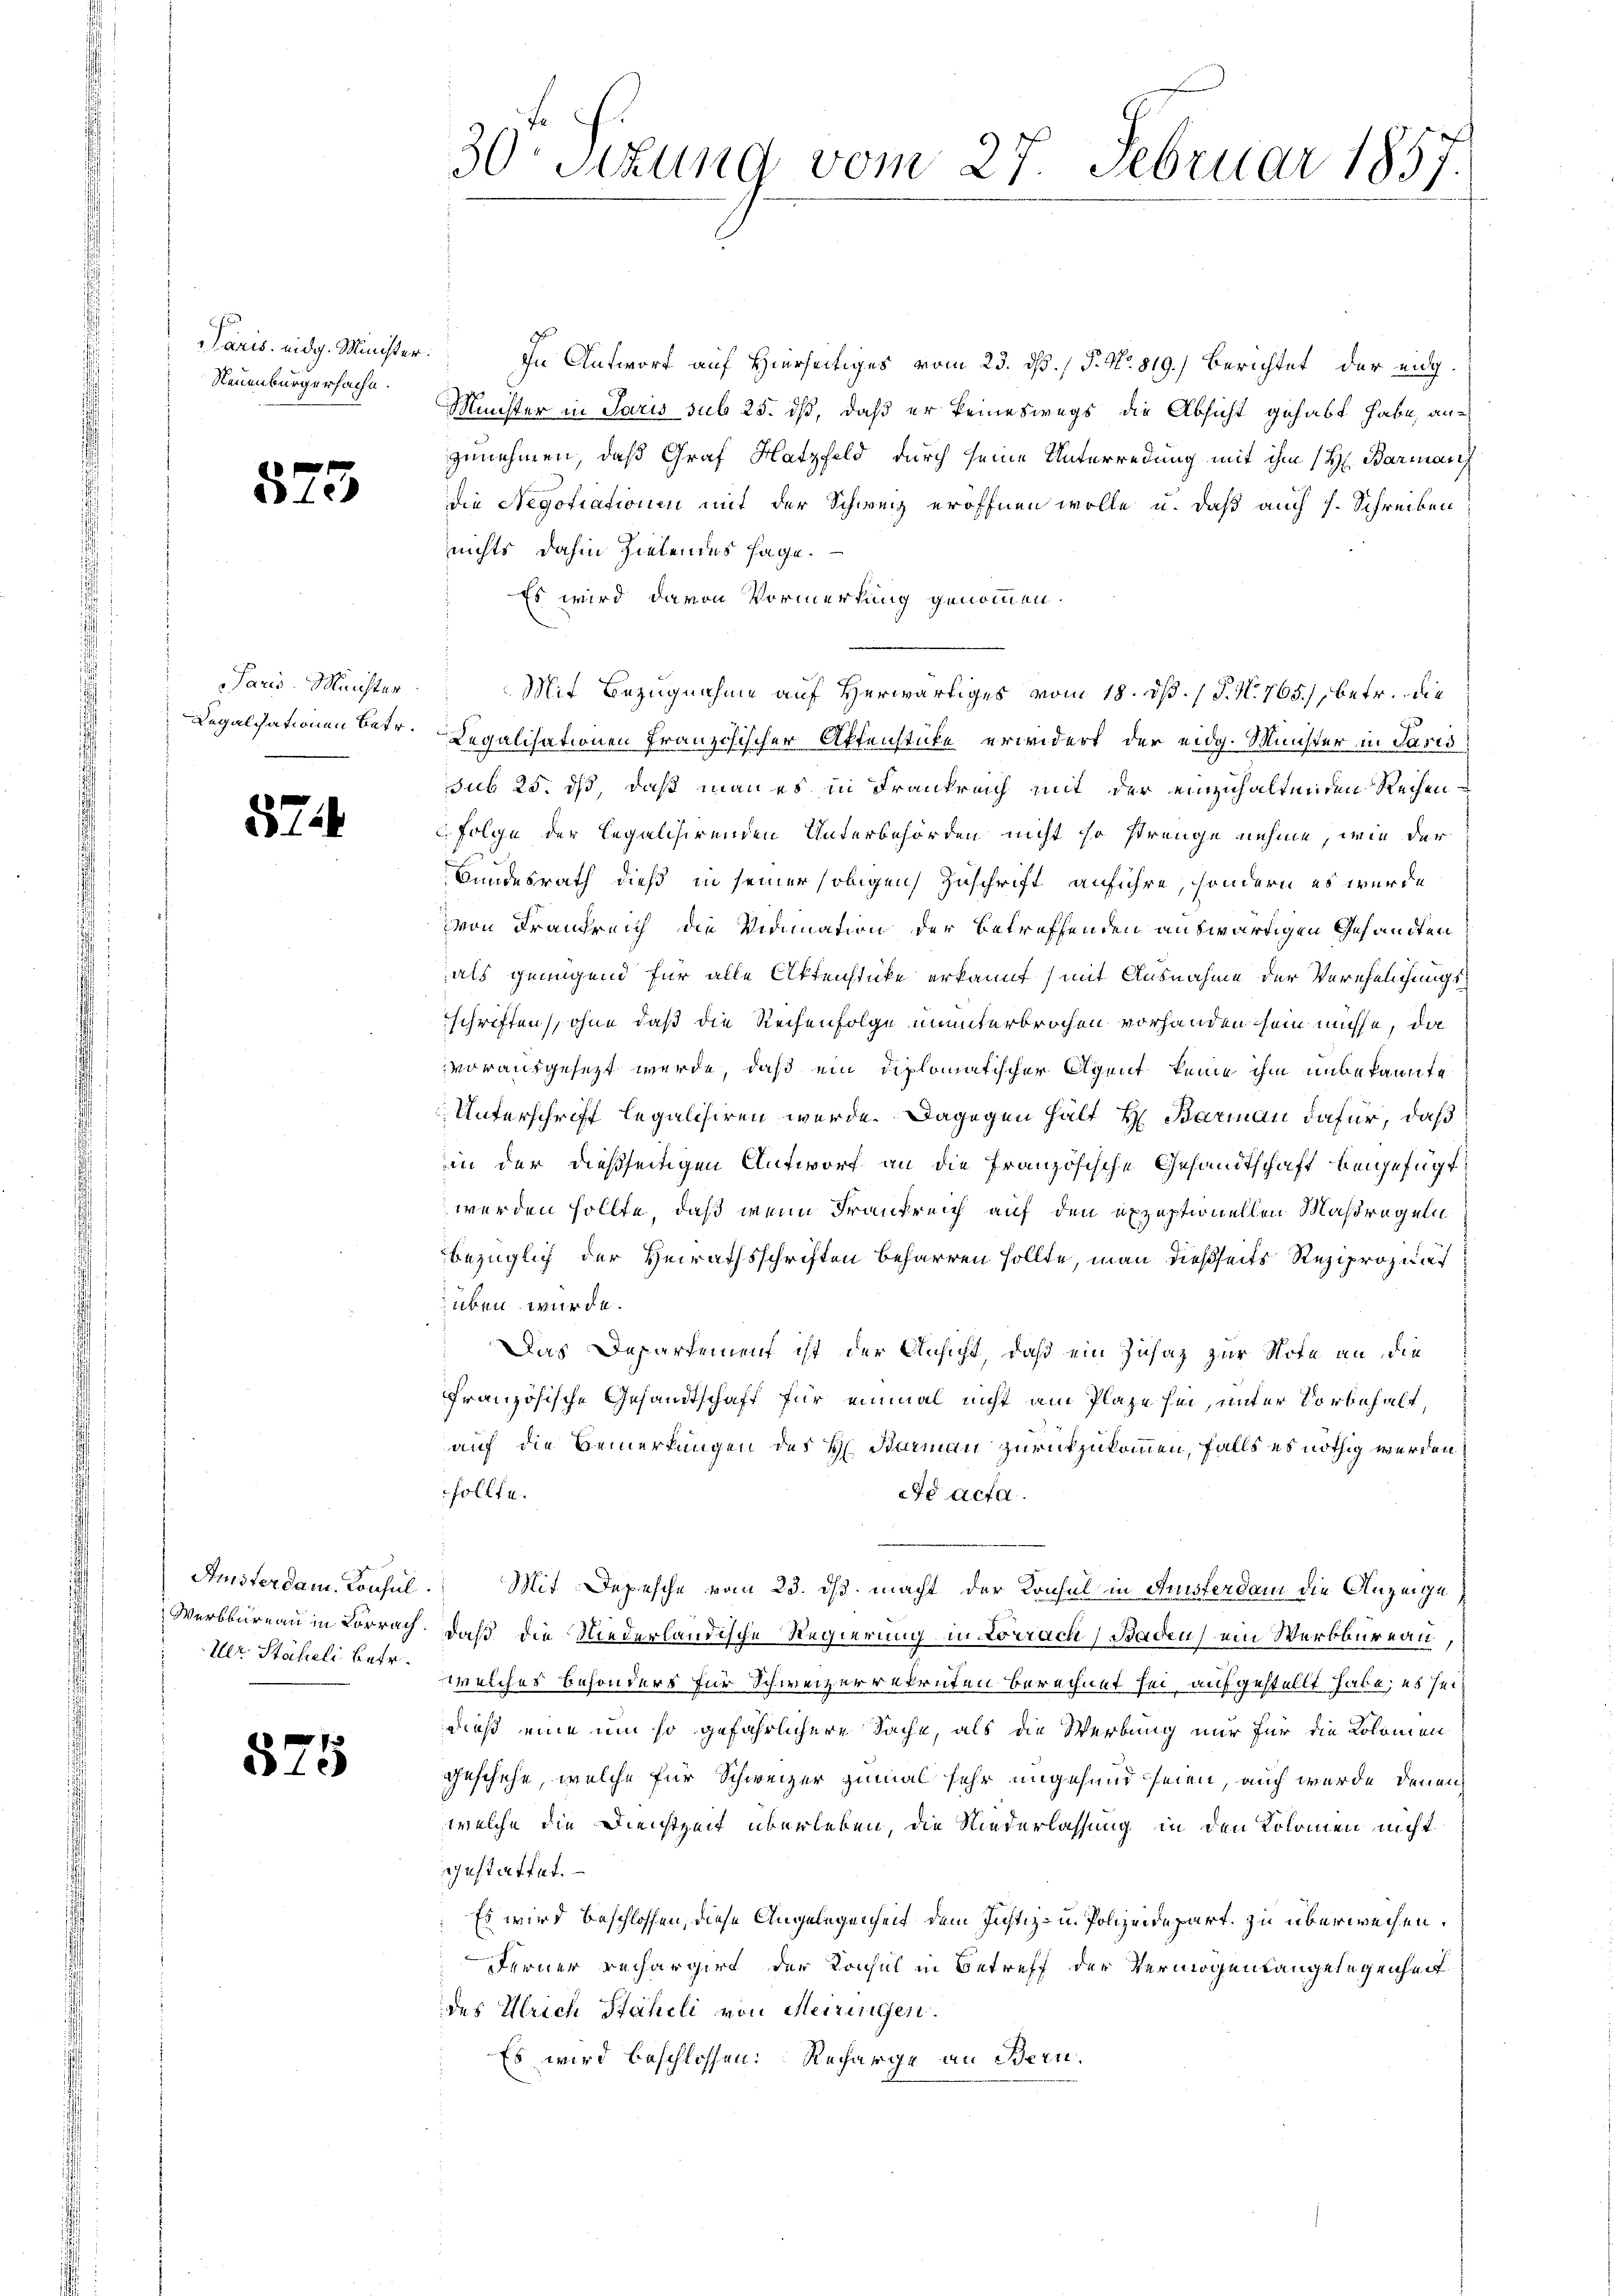
Paris eidg. Minister.
Neuenburgersache.

573

Paris Minister
Legalisationen betr.

52.

Anisterdam. Consul
Werkbureau in Lörrach
Der Stäheli betr.

575

30 Sekung vom 27. Februar 1857
1

In Antwort auf Hierseitiges vom 23. dß. / P. Nr. 819.) Berichtet der eidg.
Müchter in Paris sub 25. ds, daß er keineswegs die Absicht gehabt habe, anzunehmen, daß Graf Hatzfeld durch seine Unterredung mit ihm (H. Barmang
die Negotiationen mit der Schweiz eröffnen wolle u. daß auch s. Schreiben
nichts dahin Zielendes sage.
Es wird davon Vormerkung genommen.
Mit Bezugnahme auf Herwärtiges vom 18. dß. / P. N. 765, betr. die
Legalisationen Französischer Aktenstücke erwidert der eidg. Minister in Paris
sub 25. ds, daß man es in Frankreich mit der einzuhaltenden Rechen
. Folge der legalisirenden Unterbehörden nicht so strenge nehme, wie der
Bundesrath dieß in seiner soligen Zuschrift anführe, sondern es wurde
von Frankreich die Vidimation der betreffenden auswärtigen Gesandten
als genügend für alle Aktenstücke erkannt mit Ausnahme der Verehelichungsschriften sohne daß die Rechenfolge ununterbrochen vorhanden sein müsse, da
vorausgesezt werde, daß ein diplomatischer Agent keine ihm unbekannte
Unterschrift legalisiren werde. Dagegen hält H. Barmann dafür, daß
in der dießseitigen Antworf an die Französische Gesandtschaft beigefügt,
werden sollte, daß wenn Frankreich auf den expeptionellen Maßregeln
bezüglich der Heirathsschriften beharren sollte, man dießseits Reziprozent
üben wurde.
Das Departement ist der Ansicht, daß ein Zusaz zur Note an die
französische Gesandtschaft für einmal nicht am Plaze sei, unter Vorbehalt
auf die Bemerkungen des H. Diermann zurückzukommen, falls es nöthig werden
sollte.
de acta.
Mit Depesche vom 23. ds. macht der Konsul in Austerdam die Anzeige
daß die Niederländische Regierung in Lörrach Baden, ein Werkbureau,
welches besonders für Schweizerrekruten berechnet sei, aufgestellt habe; es sei
dieß eine um so gefährlichere Sache, als die Werbung nur für die Lokomen
geschehe, welche für Schweizer zumal sehr ungesund seien, auch wurde denen
welche die Dienstzeit überleben, die Niederlassung in den Kolomen nicht
gestattet.
Es wird beschlossen, diese Angelegengen dem Justiz- u. Polizeidepart zu überweisen.
Ferner rechargirt der Konsul in Betreff der Vermögensangelegenheit
des Ulrich Stäheli von Meiringen.
Es wird beschlossen: Recharge an Bern.